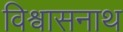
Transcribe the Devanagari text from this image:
विश्वासनाथ